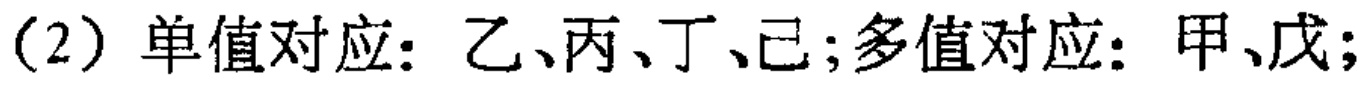
（2）单值对应：乙、丙、丁、己;多值对应：甲、戊;